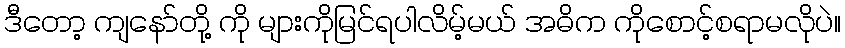
ဒီတော့ ကျနော်တို့ ကို များကိုမြင်ရပါလိမ့်မယ် အဓိက ကိုစောင့်စရာမလိုပဲ။